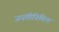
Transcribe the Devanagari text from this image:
जयंतीनिमित्‍त